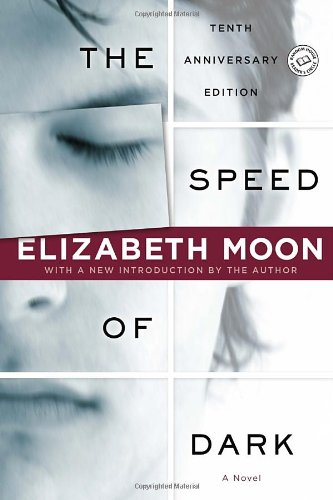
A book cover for The Speed of Dark (Ballantine Reader's Circle); Elizabeth Moon; Mystery, Thriller & Suspense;